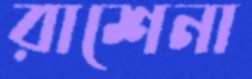
রাশেনা